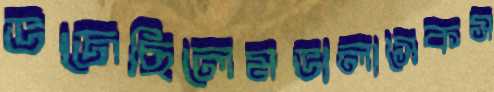
ভজেছিলেমভালাসেকস